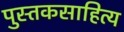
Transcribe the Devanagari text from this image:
पुस्तकसाहित्य